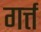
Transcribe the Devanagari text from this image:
गर्त्त